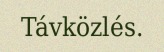
Távközlés.